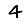
Digit: 4